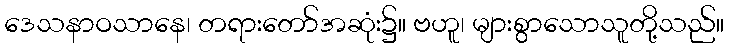
ဒေသနာဝသာနေ၊ တရားတော်အဆုံး၌။ ဗဟူ၊ များစွာသောသူတို့သည်။